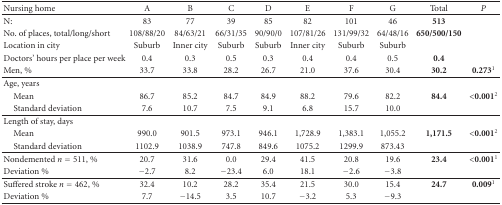
<table><thead><tr><td><b>Nursing home</b></td><td><b>A</b></td><td><b>B</b></td><td><b>C</b></td><td><b>D</b></td><td><b>E</b></td><td><b>F</b></td><td><b>G</b></td><td><b>Total</b></td><td><b><i>P</i></b></td></tr></thead><tbody><tr><td>N:</td><td>83</td><td>77</td><td>39</td><td>85</td><td>82</td><td>101</td><td>46</td><td><b>513</b></td><td></td></tr><tr><td>No. of places, total/long/short</td><td>108/88/20</td><td>84/63/21</td><td>66/31/35</td><td>90/90/0</td><td>107/81/26</td><td>131/99/32</td><td>64/48/16</td><td><b>650/500/150</b></td><td></td></tr><tr><td>Location in city</td><td>Suburb</td><td>Inner city</td><td>Suburb</td><td>Suburb</td><td>Inner city</td><td>Suburb</td><td>Suburb</td><td></td><td></td></tr><tr><td>Doctors&#x27; hours per place per week</td><td>0.4</td><td>0.3</td><td>0.5</td><td>0.3</td><td>0.4</td><td>0.4</td><td>0.5</td><td><b>0.4</b></td><td></td></tr><tr><td>Men, %</td><td>33.7</td><td>33.8</td><td>28.2</td><td>26.7</td><td>21.0</td><td>37.6</td><td>30.4</td><td><b>30.2</b></td><td><b>0.273<sup>1</sup></b></td></tr><tr><td>Age, years</td><td></td><td></td><td></td><td></td><td></td><td></td><td></td><td></td><td></td></tr><tr><td> Mean</td><td>86.7</td><td>85.2</td><td>84.7</td><td>84.9</td><td>88.2</td><td>79.6</td><td>82.2</td><td><b>84.4</b></td><td><b>&lt;0.001<sup>2</sup></b></td></tr><tr><td> Standard deviation</td><td>7.6</td><td>10.7</td><td>7.5</td><td>9.1</td><td>6.8</td><td>15.7</td><td>10.0</td><td></td><td></td></tr><tr><td>Length of stay, days</td><td></td><td></td><td></td><td></td><td></td><td></td><td></td><td></td><td></td></tr><tr><td> Mean</td><td>990.0</td><td>901.5</td><td>973.1</td><td>946.1</td><td>1,728.9</td><td>1,383.1</td><td>1,055.2</td><td><b>1,171.5</b></td><td><b>&lt;0.001<sup>2</sup></b></td></tr><tr><td> Standard deviation</td><td> 1102.9</td><td> 1038.9</td><td> 747.8</td><td> 849.6</td><td> 1075.2</td><td> 1299.9</td><td> 873.43</td><td></td><td></td></tr><tr><td>Nondemented <i>n</i> = 511, %</td><td>20.7</td><td>31.6</td><td>0.0</td><td>29.4</td><td>41.5</td><td>20.8</td><td>19.6</td><td><b>23.4</b></td><td><b>&lt;0.001<sup>1</sup></b></td></tr><tr><td>Deviation %</td><td>−2.7</td><td>8.2</td><td>−23.4</td><td>6.0</td><td>18.1</td><td>−2.6</td><td>−3.8</td><td></td><td></td></tr><tr><td>Suffered stroke <i>n</i> = 462, %</td><td>32.4</td><td>10.2</td><td>28.2</td><td>35.4</td><td>21.5</td><td>30.0</td><td>15.4</td><td><b>24.7</b></td><td><b>0.009<sup>1</sup></b></td></tr><tr><td>Deviation %</td><td>7.7</td><td>−14.5</td><td>3.5</td><td>10.7</td><td>−3.2</td><td>5.3</td><td>−9.3</td><td></td><td></td></tr></tbody></table>